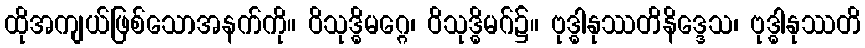
ထိုအကျယ်ဖြစ်သောအနက်ကို။ ဝိသုဒ္ဓိမဂ္ဂေ၊ ဝိသုဒ္ဓိမဂ်၌။ ဗုဒ္ဓါနုဿတိနိဒ္ဒေသ၊ ဗုဒ္ဓါနုဿတိ